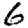
Digit: 6